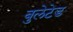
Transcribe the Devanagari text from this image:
बुलेटेड